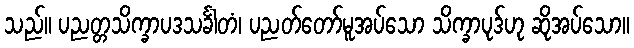
သည်။ ပညတ္တသိက္ခာပဒသင်္ခါတံ၊ ပညတ်တော်မူအပ်သော သိက္ခာပုဒ်ဟု ဆိုအပ်သော။